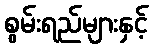
စွမ်းရည်များနှင့်